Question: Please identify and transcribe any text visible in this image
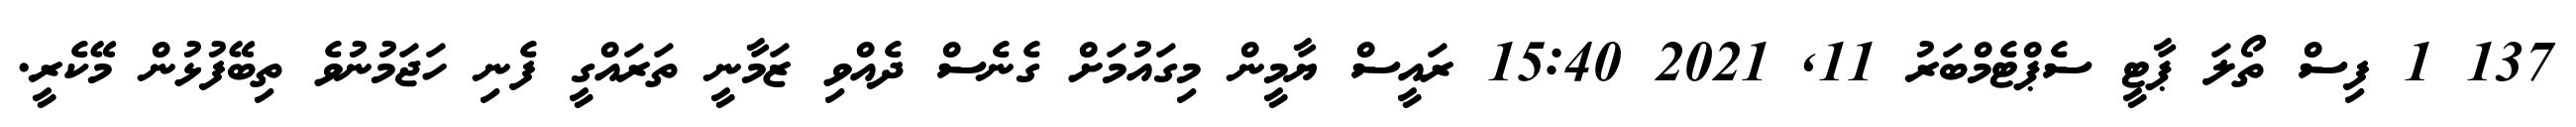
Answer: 137 1 ފިސް ތޯލަ ޕާޓީ ސެޕްޓެމްބަރު 11, 2021 15:40 ރައީސް ޔާމީން މިގައުމަށް ގެނެސް ދެއްވި ޒަމާނީ ތަރައްގީ ފެނި ހަޖަމުނުވެ ތިބޭފުޅުން މޭކެރީ.